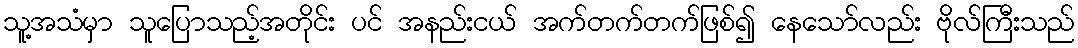
သူ့အသံမှာ သူပြောသည့်အတိုင်း ပင် အနည်းငယ် အက်တက်တက်ဖြစ်၍ နေသော်လည်း ဗိုလ်ကြီးသည်